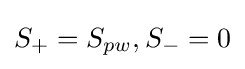
S_{+}=S_{pw},S_{-}=0